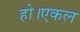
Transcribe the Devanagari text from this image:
हो।एकल